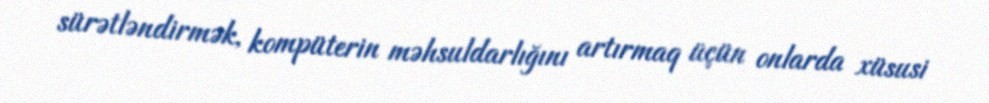
sürətləndirmək, kompüterin məhsuldarlığını artırmaq üçün onlarda xüsusi